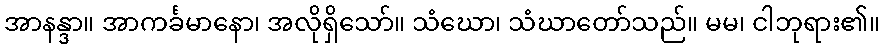
အာနန္ဒာ။ အာကင်္ခမာနော၊ အလိုရှိသော်။ သံဃော၊ သံဃာတော်သည်။ မမ၊ ငါဘုရား၏။